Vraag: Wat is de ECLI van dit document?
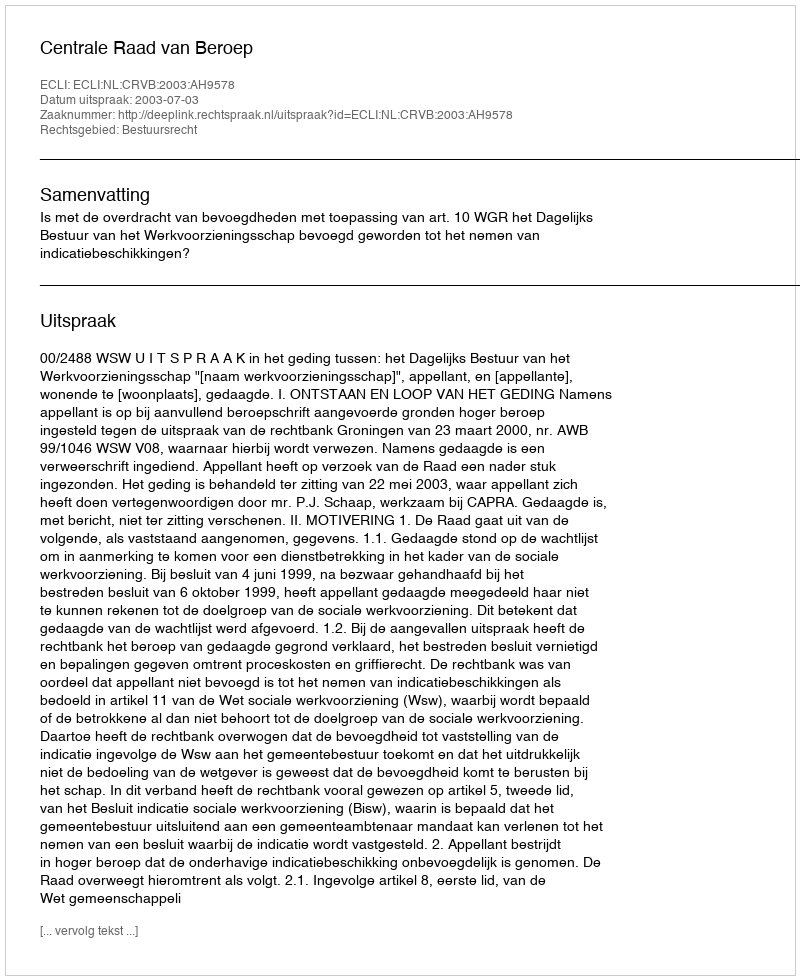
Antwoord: ECLI:NL:CRVB:2003:AH9578